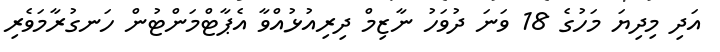
އަދި މިދިޔަ މަހުގެ 18 ވަނަ ދުވަހު ނާޒިމް ދިރިއުޅުއްވާ އެޕާޓްމަންޓުން ހަނގުރާމަވެރި